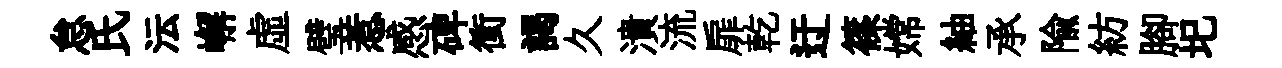
怠氏沄嶰虛璧惹感碑衝謁久潰流扉乾迂篠嫦紬承隃紡腳圯